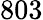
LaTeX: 803